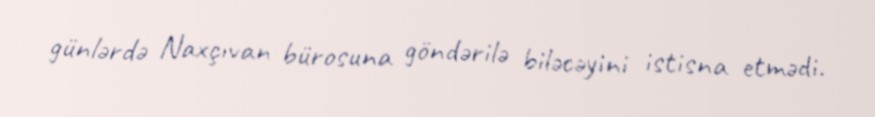
günlərdə Naxçıvan bürosuna göndərilə biləcəyini istisna etmədi.